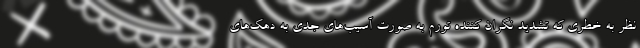
نظر به خطری که تشدید نگران کننده تورم به صورت آسیب‌های جدی به دهک‌های